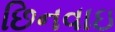
છિનવાઇ